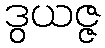
ဒွယဇ္ဇ